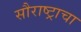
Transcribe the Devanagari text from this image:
सौराष्ट्राचा